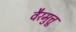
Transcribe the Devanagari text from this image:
वैरमुत्तू